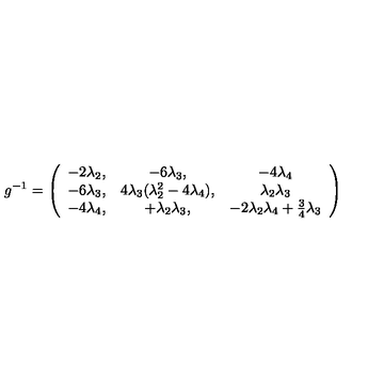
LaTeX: g ^ { - 1 } = \left( \begin{array} { c c c } { - 2 \lambda _ { 2 } , } & { - 6 \lambda _ { 3 } , } & { - 4 \lambda _ { 4 } } \\ { - 6 \lambda _ { 3 } , } & { 4 \lambda _ { 3 } ( \lambda _ { 2 } ^ { 2 } - 4 \lambda _ { 4 } ) , } & { \lambda _ { 2 } \lambda _ { 3 } } \\ { - 4 \lambda _ { 4 } , } & { + \lambda _ { 2 } \lambda _ { 3 } , } & { - 2 \lambda _ { 2 } \lambda _ { 4 } + \frac 3 4 \lambda _ { 3 } } \\ \end{array} \right)